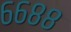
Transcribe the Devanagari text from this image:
६६८८